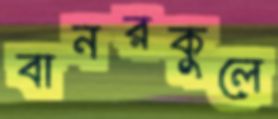
বানরকুলে